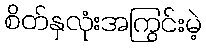
စိတ်နှလုံးအကြွင်းမဲ့